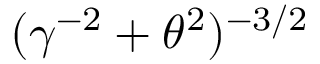
( \gamma ^ { - 2 } + \theta ^ { 2 } ) ^ { - { 3 / 2 } }